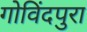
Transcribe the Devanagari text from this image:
गोविंदपुरा